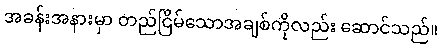
အခန်းအနားမှာ တည်ငြိမ်သောအချစ်ကိုလည်း ဆောင်သည်။